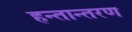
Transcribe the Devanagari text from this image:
हन्तान्तरण